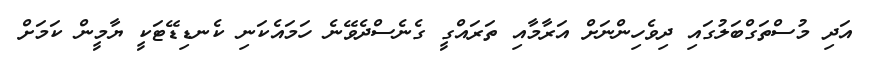
އަދި މުސްތަގްބަލުގައި ދިވެހިންނަށް އަރާމާއި ތަރައްގީ ގެނެސްދެވޭނެ ހަމައެކަނި ކެނޑިޑޭޓަކީ ޔާމީން ކަމަށް